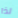
لذا